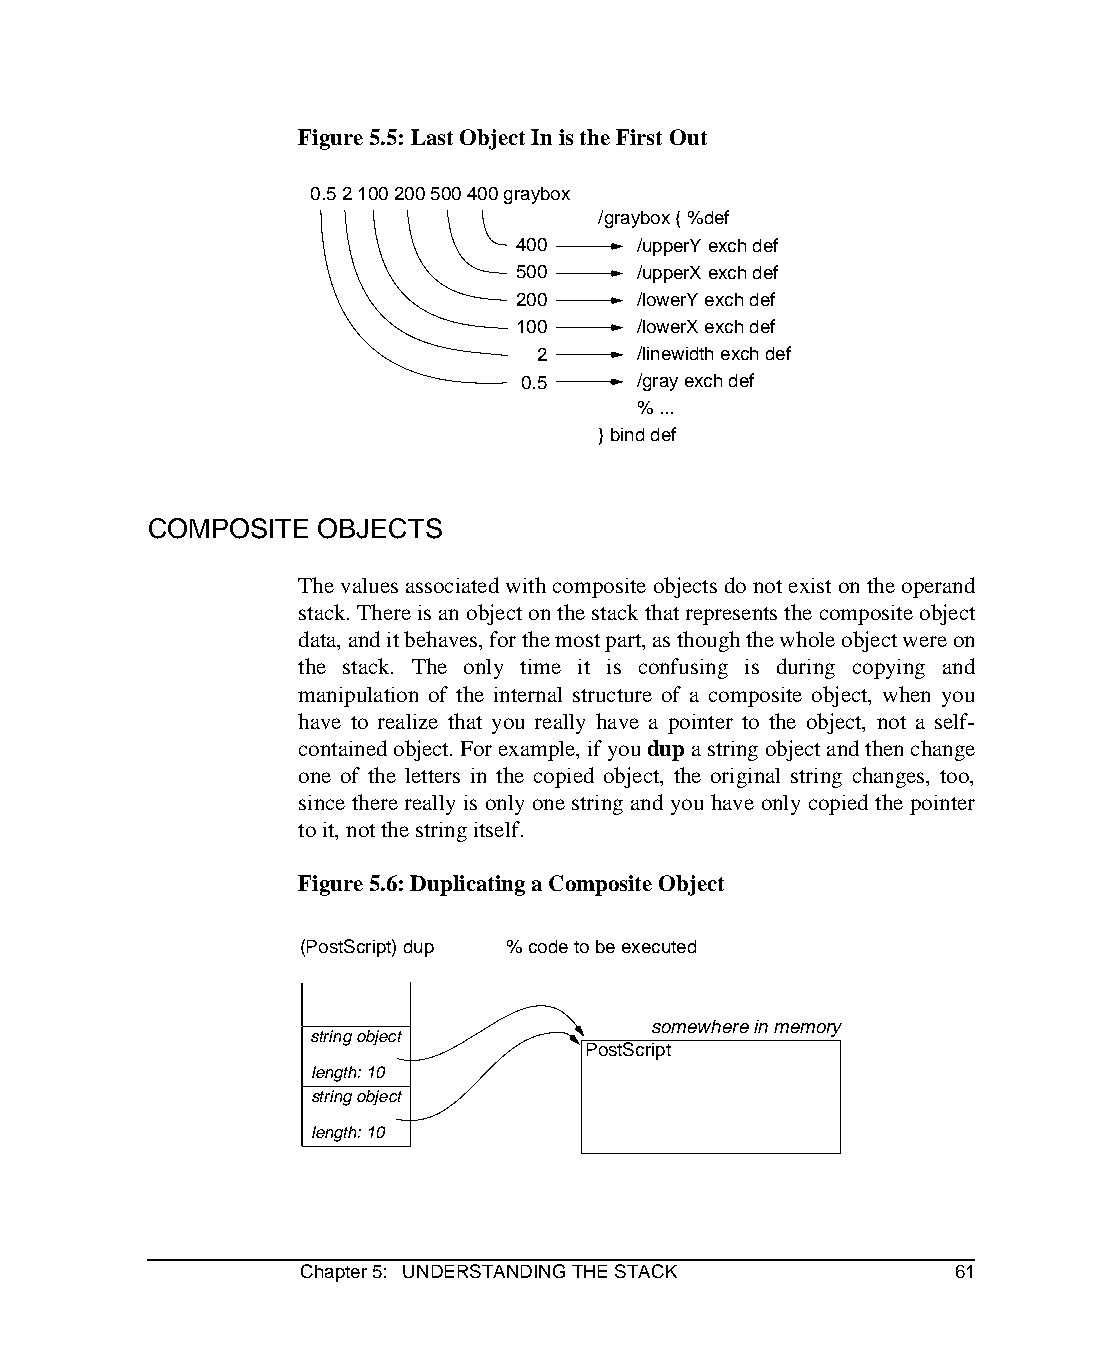
Figure 5.5: Last Object In is the First Out
 0.5 2 100 200 500 400 graybox
 /graybox { %def
 400     /upperY exch def
 500     /upperX exch def
 200     /lowerY exch def
 100     /lowerX exch def
 2      /linewidth exch def
 0.5     /gray exch def
 % ...
 } bind def
 COMPOSITE   OBJECTS
 The values associated with composite objects do not exist on the operand
 stack. There is an object on the stack that represents the composite object
 data, and it behaves, for the most part, as though the whole object were on
 the stack. The only time it is confusing is during copying and
 manipulation of the internal structure of a composite object, when you
 have to realize that you really have a pointer to the object, not a self-
 contained object. For example, if you dup a string object and then change
 one of the letters in the copied object, the original string changes, too,
 since there really is only one string and you have only copied the pointer
 to it, not the string itself.
 Figure 5.6: Duplicating a Composite Object
 (PostScript) dup % code to be executed
 somewhere in memory
 string object
 PostScript
 length: 10
 string object
 length: 10
 Chapter 5: UNDERSTANDING THE STACK         61